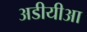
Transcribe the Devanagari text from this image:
अडीयीआ